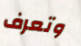
وتعرف